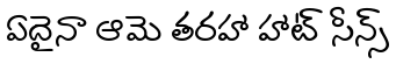
ఏదైనా ఆమె తరహా హాట్ సీన్స్